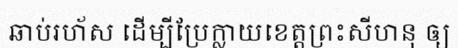
ឆាប់រហ័ស ដើម្បីប្រែក្លាយខេត្តព្រះសីហនុ ឲ្យ